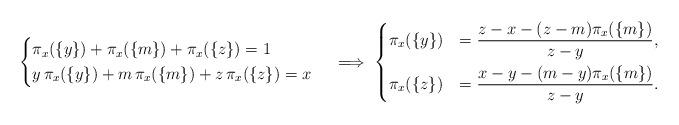
LaTeX: \begin{align*}\begin{dcases}\pi_x(\{y\}) + \pi_x(\{m\}) + \pi_x(\{z\}) = 1 \\y\,\pi_x(\{y\}) + m\,\pi_x(\{m\}) + z\,\pi_x(\{z\}) = x \end{dcases}\quad\implies\begin{dcases}\pi_x(\{y\}) &= \frac{z-x-(z-m)\pi_{x}(\{m\})}{z-y} ,\\\pi_x(\{z\}) &= \frac{x-y-(m-y)\pi_{x}(\{m\})}{z-y}.\end{dcases}\end{align*}